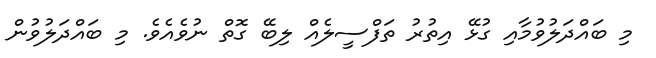
މި ބައްދަލުވުމާއި ގުޅޭ އިތުރު ތަފްސީލެއް ލިބޭ ގޮތް ނުވެއެވެ. މި ބައްދަލުވުން